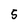
Character: 5